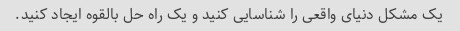
یک مشکل دنیای واقعی را شناسایی کنید و یک راه حل بالقوه ایجاد کنید.